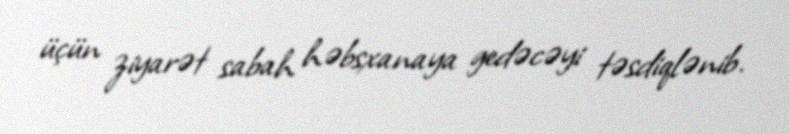
üçün ziyarət sabah həbsxanaya gedəcəyi təsdiqlənib.